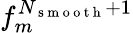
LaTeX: f_{m}^{N_{\mathrm{~s~m~o~o~t~h~}}+1}